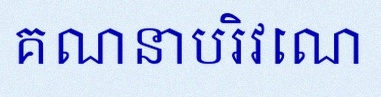
គណនាបរិវេណ